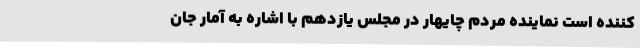
کننده است نماینده مردم چایهار در مجلس یازدهم با اشاره به آمار جان